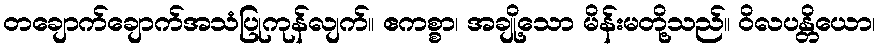
တချောက်ချောက်အသံပြုကုန်လျက်။ ဧကစ္စာ၊ အချို့သော မိန်းမတို့သည်။ ဝိလပန္တိယော၊